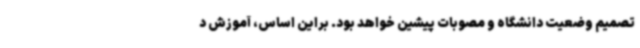
تصمیم وضعیت دانشگاه و مصوبات پیشین خواهد بود. براین اساس، آموزش د